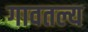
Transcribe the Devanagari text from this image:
गावतल्य